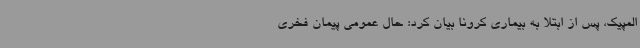
المپیک، پس از ابتلا به بیماری کرونا بیان کرد: حال عمومی پیمان فخری